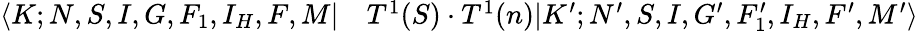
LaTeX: \begin{array}{rl}{\langle K;N,S,I,G,F_{1},I_{H},F,M|}&{{}T^{1}(S)\cdot T^{1}(n)|K^{\prime};N^{\prime},S,I,G^{\prime},F_{1}^{\prime},I_{H},F^{\prime},M^{\prime}\rangle}\end{array}